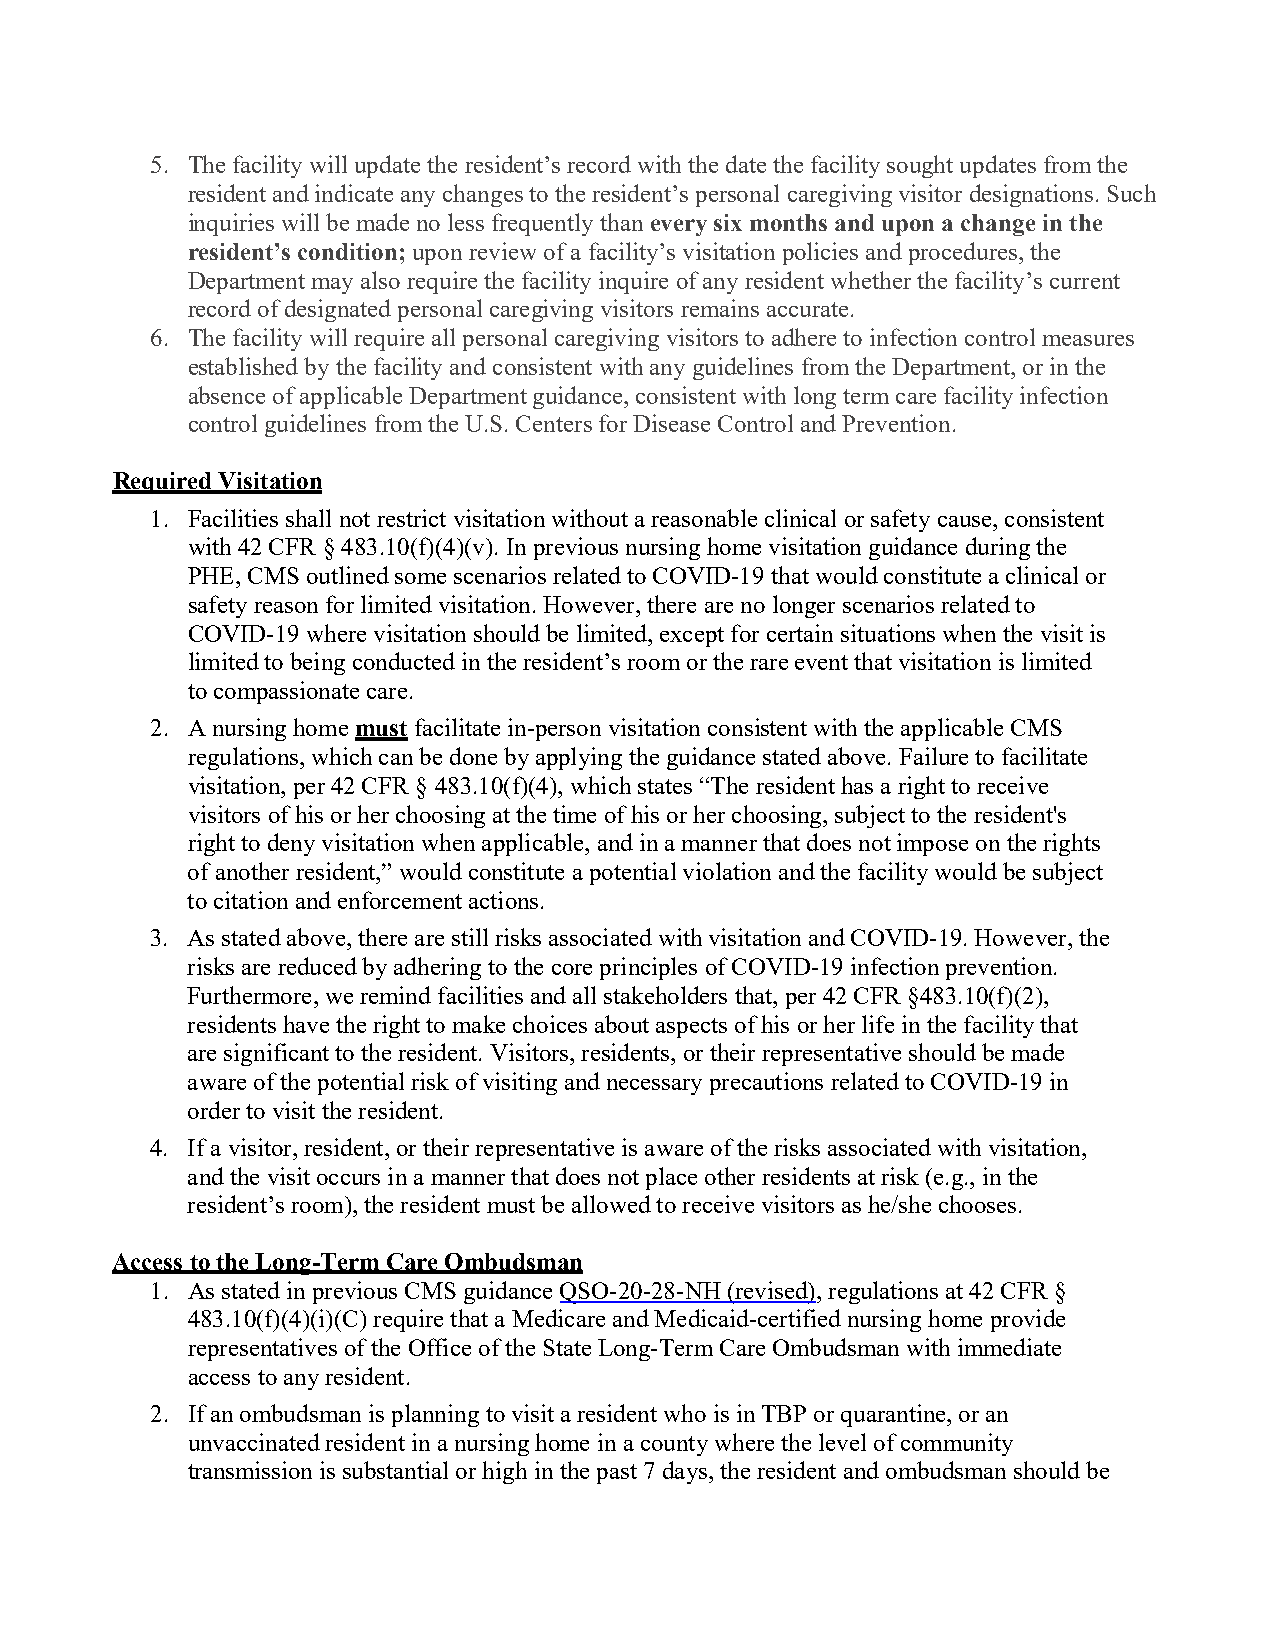
5. The facility will update the resident’s record with the date the facility sought updates from the
 resident and indicate any changes to the resident’s personal caregiving visitor designations. Such
 inquiries will be made no less frequently than every six months and upon a change in the
 resident’s condition; upon review of a facility’s visitation policies and procedures, the
 Department may also require the facility inquire of any resident whether the facility’s current
 record of designated personal caregiving visitors remains accurate.
 6. The facility will require all personal caregiving visitors to adhere to infection control measures
 established by the facility and consistent with any guidelines from the Department, or in the
 absence of applicable Department guidance, consistent with long term care facility infection
 control guidelines from the U.S. Centers for Disease Control and Prevention.
 Required Visitation
 1. Facilities shall not restrict visitation without a reasonable clinical or safety cause, consistent
 with 42 CFR § 483.10(f)(4)(v). In previous nursing home visitation guidance during the
 PHE, CMS outlined some scenarios related to COVID-19 that would constitute a clinical or
 safety reason for limited visitation. However, there are no longer scenarios related to
 COVID-19 where visitation should be limited, except for certain situations when the visit is
 limited to being conducted in the resident’s room or the rare event that visitation is limited
 to compassionate care.
 2. A nursing home must facilitate in-person visitation consistent with the applicable CMS
 regulations, which can be done by applying the guidance stated above. Failure to facilitate
 visitation, per 42 CFR § 483.10(f)(4), which states “The resident has a right to receive
 visitors of his or her choosing at the time of his or her choosing, subject to the resident's
 right to deny visitation when applicable, and in a manner that does not impose on the rights
 of another resident,” would constitute a potential violation and the facility would be subject
 to citation and enforcement actions.
 3. As stated above, there are still risks associated with visitation and COVID-19. However, the
 risks are reduced by adhering to the core principles of COVID-19 infection prevention.
 Furthermore, we remind facilities and all stakeholders that, per 42 CFR §483.10(f)(2),
 residents have the right to make choices about aspects of his or her life in the facility that
 are significant to the resident. Visitors, residents, or their representative should be made
 aware of the potential risk of visiting and necessary precautions related to COVID-19 in
 order to visit the resident.
 4. If a visitor, resident, or their representative is aware of the risks associated with visitation,
 and the visit occurs in a manner that does not place other residents at risk (e.g., in the
 resident’s room), the resident must be allowed to receive visitors as he/she chooses.
 Access to the Long-Term Care Ombudsman
 1. As stated in previous CMS guidance QSO-20-28-NH (revised), regulations at 42 CFR §
 483.10(f)(4)(i)(C) require that a Medicare and Medicaid-certified nursing home provide
 representatives of the Office of the State Long-Term Care Ombudsman with immediate
 access to any resident.
 2. If an ombudsman is planning to visit a resident who is in TBP or quarantine, or an
 unvaccinated resident in a nursing home in a county where the level of community
 transmission is substantial or high in the past 7 days, the resident and ombudsman should be